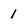
Character: 1